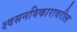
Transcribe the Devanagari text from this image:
श्वसनविकारावरील